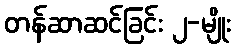
တန်ဆာဆင်ခြင်း ၂-မျိုး